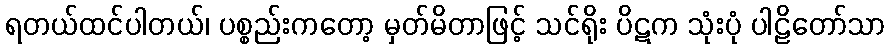
ရတယ်ထင်ပါတယ်၊ ပစ္စည်းကတော့ မှတ်မိတာဖြင့် သင်ရိုး ပိဋက သုံးပုံ ပါဠိတော်သာ